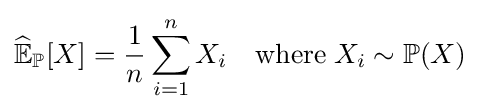
{\widehat {\mathbb {E} }}_{\mathbb {P} }[X]={\frac {1}{n}}\sum _{i=1}^{n}X_{i}\quad \mathrm {where} \;X_{i}\sim \mathbb {P} (X)